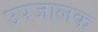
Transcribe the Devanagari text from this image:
उपजालक